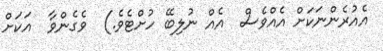
އެއުރެންނަކަށް އެއްވެސް  އެއް ނުލިބޭ ހުށްޓެވެ.)  ވެގެންވާ  އަކަށް